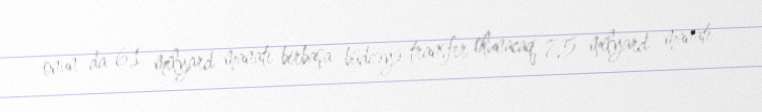
onun da 6,1 milyard manatı birbaşa büdcəyə transfer olunacaq, 7,5 milyard manatı